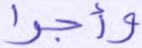
وأجرا